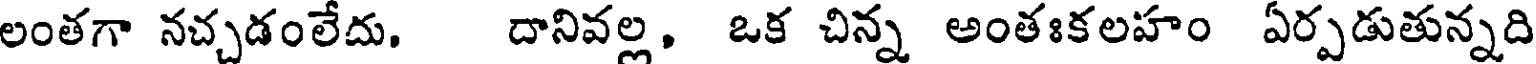
లంతగా నచ్చడంలేదు. దానివల్ల, ఒక చిన్న అంతఃకలహం ఏర్పడుతున్నది